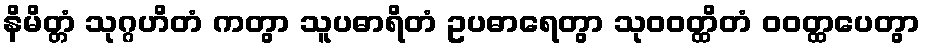
နိမိတ္တံ သုဂ္ဂဟိတံ ကတွာ သူပဓာရိတံ ဥပဓာရေတွာ သုဝဝတ္ထိတံ ဝဝတ္ထပေတွာ